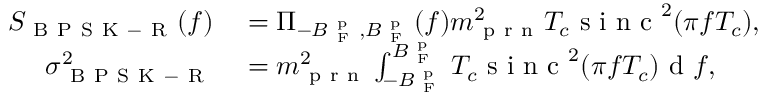
\begin{array} { r l } { S _ { \mathrm { ~ B ~ P ~ S ~ K ~ - ~ R ~ } } ( f ) } & { { } = \Pi _ { - B _ { \mathrm { ~ F ~ } } ^ { \mathrm { ~ p ~ } } , B _ { \mathrm { ~ F ~ } } ^ { \mathrm { ~ p ~ } } } ( f ) m _ { \mathrm { ~ p ~ r ~ n ~ } } ^ { 2 } T _ { c } \mathrm { ~ s ~ i ~ n ~ c ~ } ^ { 2 } ( \pi f T _ { c } ) , } \\ { \sigma _ { \mathrm { ~ B ~ P ~ S ~ K ~ - ~ R ~ } } ^ { 2 } } & { { } = m _ { \mathrm { ~ p ~ r ~ n ~ } } ^ { 2 } \int _ { - B _ { \mathrm { ~ F ~ } } ^ { \mathrm { ~ p ~ } } } ^ { B _ { \mathrm { ~ F ~ } } ^ { \mathrm { ~ p ~ } } } T _ { c } \mathrm { ~ s ~ i ~ n ~ c ~ } ^ { 2 } ( \pi f T _ { c } ) \mathrm { ~ d ~ } f , } \end{array}